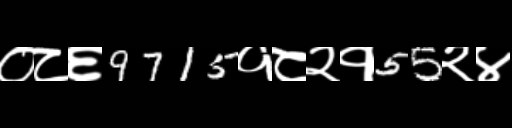
Text: ०८६9715१८२१55२४